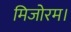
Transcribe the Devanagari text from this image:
मिजोरम।